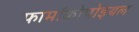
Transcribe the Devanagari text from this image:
फार्माकोपोइयल